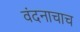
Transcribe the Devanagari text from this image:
वंदनाचाच